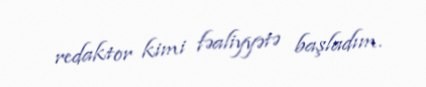
redaktor kimi fəaliyyətə başladım.